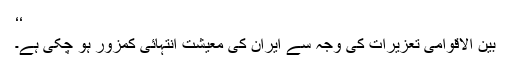
‘‘
بین الاقوامی تعزیرات کی وجہ سے ایران کی معیشت انتہائی کمزور ہو چکی ہے۔